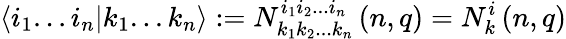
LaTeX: \langle i_{1}...i_{n}|k_{1}...k_{n}\rangle:=N_{k_{1}k_{2}...k_{n}}^{i_{1}i_{2}...i_{n}}\left(n,q\right)=N_{k}^{i}\left(n,q\right)